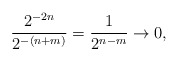
\begin{align*}\frac{2^{-2n}}{2^{-(n+m)}}=\frac{1}{2^{n-m}}\to0,\end{align*}